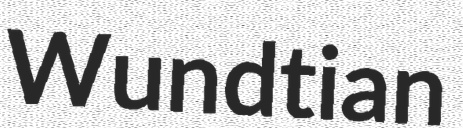
Wundtian